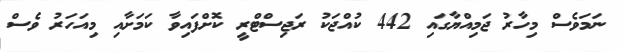
ނަމަވެސް މިހާރު ޖަމިއްޔާގައި 442 ކުއްޖަކު ރަޖިސްޓްރީ ކޮށްފައިވާ ކަމަށާއި މިއަހަރު ވެސް